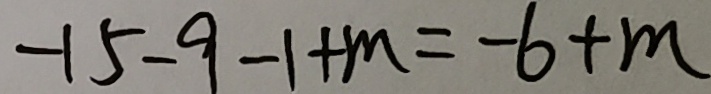
- 1 5 - 9 - 1 + m = - 6 + m